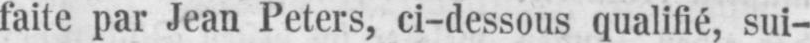
faite par Jean Peters, ci-dessous qualifié, sui-